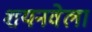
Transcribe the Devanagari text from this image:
शयनवेला